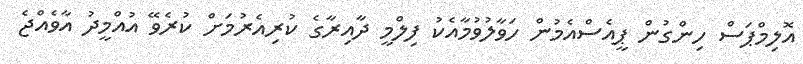
އޮލިމްޕަސް ހިންގުން ޕީއެސްއެމުން ހަވާލުވުމާއެކު ފިލްމީ ދާއިރާގެ ކުރިއެރުމަށް ކުރެވޭ އުއްމީދު އާވެއްޖެ